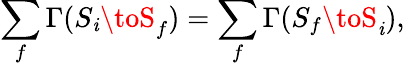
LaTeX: \sum_{f}\Gamma(S_{\mathit{i}}\toS_{f})=\sum_{f}\Gamma(S_{f}\toS_{\mathit{i}}),